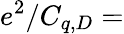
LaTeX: e^{2}/C_{q,D}=